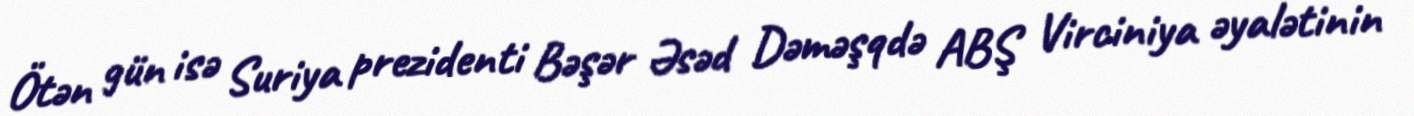
Ötən gün isə Suriya prezidenti Bəşər Əsəd Dəməşqdə ABŞ Virciniya əyalətinin